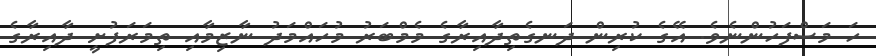
ހަ މަސްފަހުންނެވެ. އޭގެ ކުރިން ދަނގެތިދާއިރާގެ މެމްބަރު މުހައްމަދު ނާޒިމާއި ތިމަރަފުށީ ދާއިރާގެ